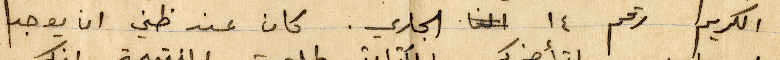
الكريم رقم ١٤ الجاري. كان عند ظني ان يوجد